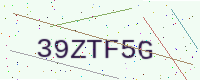
Text: 39ZTF5G